Source: Handwritten
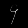
Digit: ၄ (4)